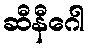
ဆီနီဂေါ